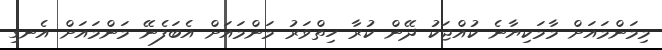
މިމަންމައަށް މާމަކިޔާނެ ކުއްޖަކު ދޭން ކުރާ ހިތްވަރު މަންމައަށް އެބަފެނޭ މަންމައަށް އެނގި